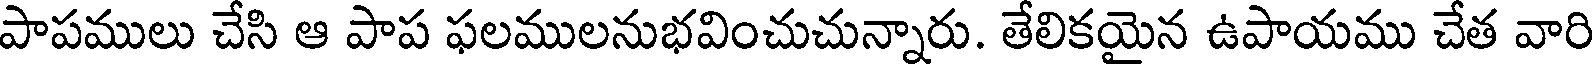
పాపములు చేసి ఆ పాప ఫలములనుభవించుచున్నారు. తేలికయైన ఉపాయము చేత వారి